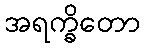
အရက္ခိတော